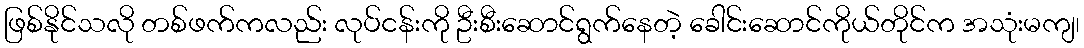
ဖြစ်နိုင်သလို တစ်ဖက်ကလည်း လုပ်ငန်းကို ဦးစီးဆောင်ရွက်နေတဲ့ ခေါင်းဆောင်ကိုယ်တိုင်က အသုံးမကျ၊